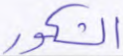
الشكور